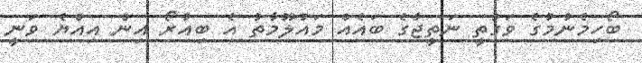
ބޯހިމެނުމުގެ ވަގުތީ ނަތީޖާގެ ބައެއް މައުލޫމާތު އެ ބިއުރޯ އިން އިއްޔެ ވަނީ